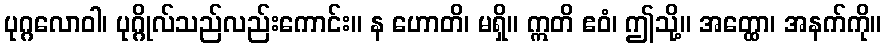
ပုဂ္ဂလောဝါ၊ ပုဂ္ဂိုလ်သည်လည်းကောင်း။ န ဟောတိ၊ မရှိ။ ဣတိ ဧဝံ၊ ဤသို့။ အတ္ထော၊ အနက်ကို။